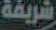
شريفة